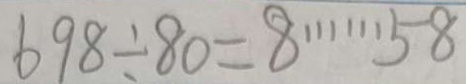
6 9 8 \div 8 0 = 8 \cdots 5 8